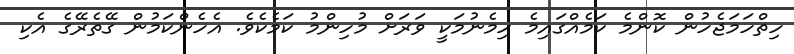
ހިތްހަމަޖެހުން ކޮންމެ ކަމެއްގައިމެ ހިމެނުމަކީ ވަރަށް މުހިންމު ކަމެކެވެ. އެހެންކަމުން ގޭތެރޭގެ އެކި